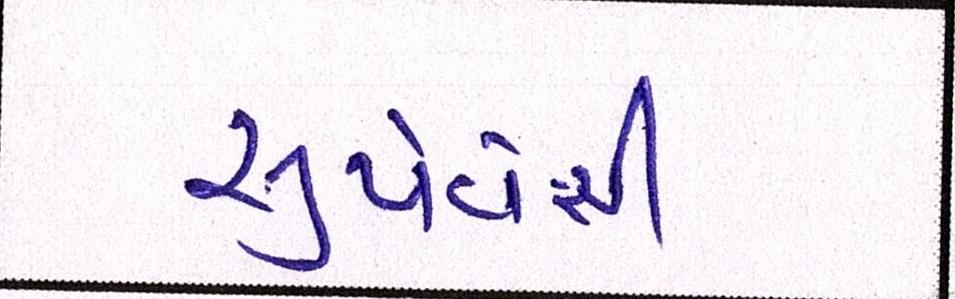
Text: સુર્યવંશી